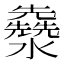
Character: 𤄳